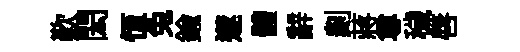
歎閎恆兔鍮𨗹體辭剡蔣尊穢唇